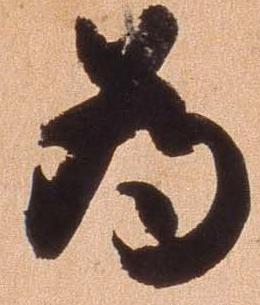
為